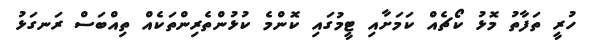
ހުރީ ތަފާތު މޮޅު ކޯޗެއް ކަމަށާއި ޓީމުގައި ކޮންމެ ކުޅުންތެރިންތަކެއް ތިއްބަސް ރަނގަޅު